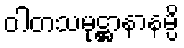
ဝါတသမုဋ္ဌာနာနမ္ပိ